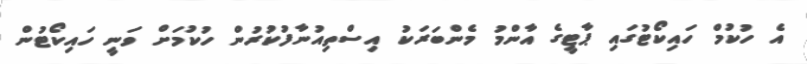
އެ ހުކުމް ހައިކޯޓުގައި ޕާޓީގެ އާންމު މެންބަރަކު އިސްތިއުނާފުކުރުން ހުކުމަށް ވަނީ ހައިކޯޓުން